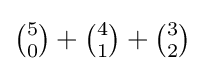
\textstyle {\binom {5}{0}}+{\binom {4}{1}}+{\binom {3}{2}}